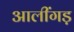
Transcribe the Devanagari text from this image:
आलींगड़